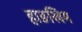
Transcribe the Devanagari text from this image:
हाङखिम